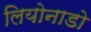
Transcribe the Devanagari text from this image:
लियोनाडो